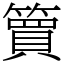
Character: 簤